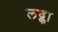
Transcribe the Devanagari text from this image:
लद्का